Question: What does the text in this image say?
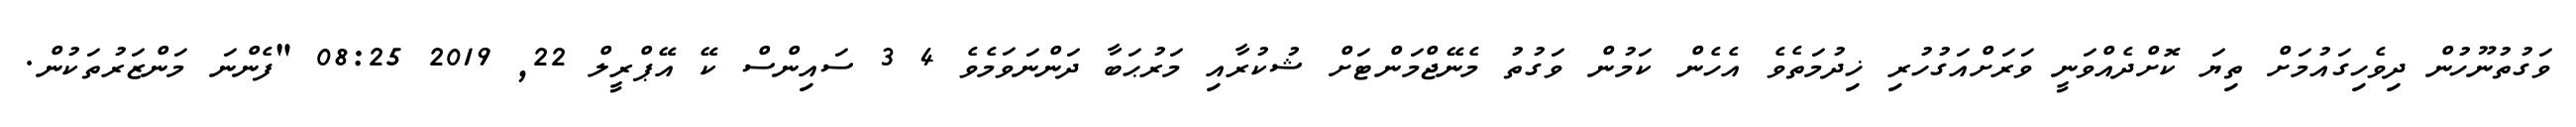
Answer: ވަގުތުނޫހުން ދިވެހިގައުމަށް ތިޔަ ކޮށްދެއްވަނީ ވަރަށްއަގުހުރި ޚިދުމަތެވެ އެހެން ކަމުން ވަގުތު މެނޭޖްމަންޓަށް ޝުކުރާއި މަރުޙަބާ ދަންނަވަމެވެ 4 3 ސައިންސް ކޭ އޭޕްރީލް 22, 2019 08:25 "ފެންނަ މަންޒަރުތަކުން.